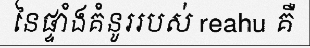
នៃផ្ទាំងគំនូររបស់ reahu គឺ